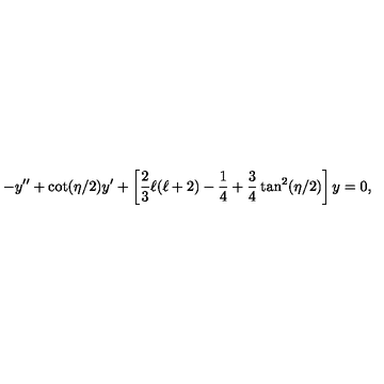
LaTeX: - y ^ { \prime \prime } + \cot ( \eta / 2 ) y ^ { \prime } + \left[ \frac { 2 } { 3 } \ell ( \ell + 2 ) - \frac { 1 } { 4 } + \frac { 3 } { 4 } \tan ^ { 2 } ( \eta / 2 ) \right] y = 0 ,